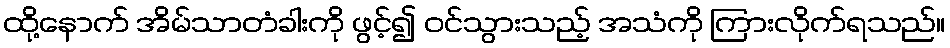
ထို့နောက် အိမ်သာတံခါးကို ဖွင့်၍ ဝင်သွားသည့် အသံကို ကြားလိုက်ရသည်။